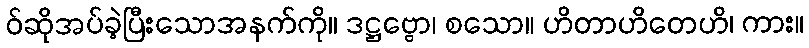
ဝ်ဆိုအပ်ခဲ့ပြီးသောအနက်ကို။ ဒဋ္ဌဗ္ဗော၊ စသော။ ဟိတာဟိတေဟိ၊ ကား။